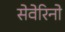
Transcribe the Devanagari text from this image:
सेवेरिनो